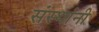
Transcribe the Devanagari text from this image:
संस्‍थांनी